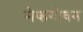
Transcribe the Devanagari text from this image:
मेकगोवन